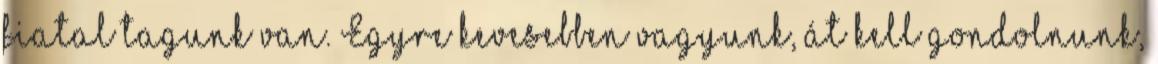
fiatal tagunk van. Egyre kevesebben vagyunk, át kell gondolnunk,